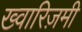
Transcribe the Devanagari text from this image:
ख्वारिज़मी